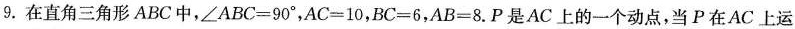
9.在直角三角形ABC中，∠ABC=90°，AC=10，BC=6，AB=8.P是AC上的一个动点，当P在AC上运